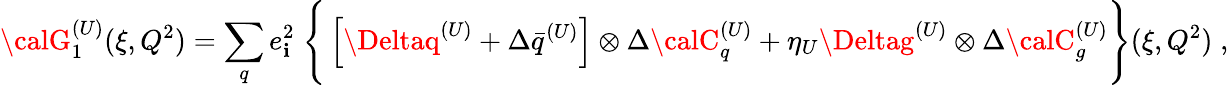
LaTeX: {\calG}_{1}^{(U)}(\xi,Q^{2})=\sum_{q}e_{\mathbf{i}}^{2}\; \Bigg\{ \left[\Deltaq^{(U)}+\Delta\bar{{q}}^{(U)}\right]\otimes\Delta{\calC}_{q}^{(U)}+\eta_{U}\Deltag^{(U)}\otimes\Delta{\calC}_{g}^{(U)}\Bigg\} (\xi,Q^{2})\; ,